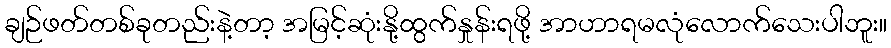
ချဉ်ဖတ်တစ်ခုတည်းနဲ့တာ့ အမြင့်ဆုံးနို့ထွက်နှုန်းရဖို့ အာဟာရမလုံလောက်သေးပါဘူး။